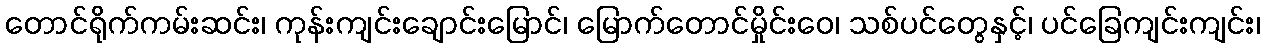
တောင်ရိုက်ကမ်းဆင်း၊ ကုန်းကျင်းချောင်းမြောင်၊ မြောက်တောင်မှိုင်းဝေ၊ သစ်ပင်တွေနှင့်၊ ပင်ခြေကျင်းကျင်း၊